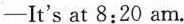
——It's at 8:20 am.